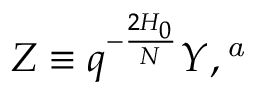
Z \equiv q ^ { - \frac { 2 H _ { 0 } } { N } } Y , \footnote { W h e n r e s t r i c t e d t o a c t i n g o n 0 - f o r m s , t h i s o p e r a t o r i s i d e n t i c a l t o t h e o p e r a t o r Y i n \cite { Z 2 } . }